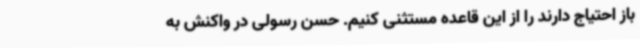
باز احتیاج دارند را از این قاعده مستثنی کنیم. حسن رسولی در واکنش به